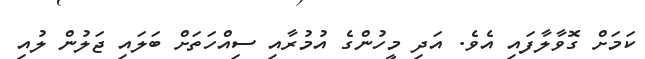
ކަމަށް ގޮވާލާފައި އެވެ. އަދި މީހުންގެ އުމުރާއި ސިއްހަތަށް ބަލައި ޖަލުން ލުއި